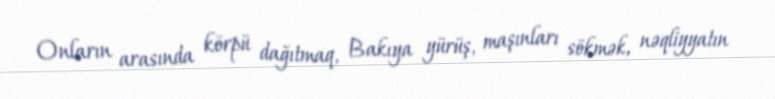
Onların arasında körpü dağıtmaq, Bakıya yürüş, maşınları sökmək, nəqliyyatın